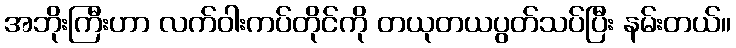
အဘိုးကြီးဟာ လက်ဝါးကပ်တိုင်ကို တယုတယပွတ်သပ်ပြီး နမ်းတယ်။